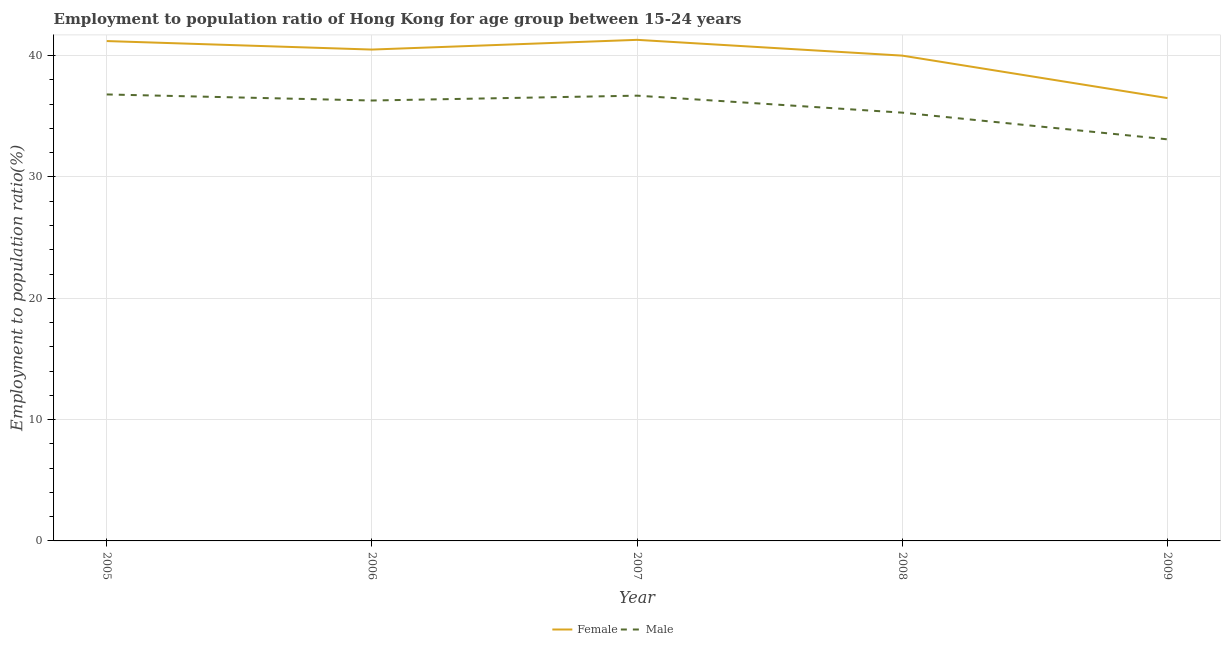
| Year | Female | Male |
 | --- | --- | --- |
 | 2005 | 41.2 | 36.8 |
 | 2006 | 40.5 | 36.3 |
 | 2007 | 41.3 | 36.7 |
 | 2008 | 40 | 35.3 |
 | 2009 | 36.5 | 33.1 |